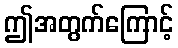
ဤအတွက်ကြောင့်